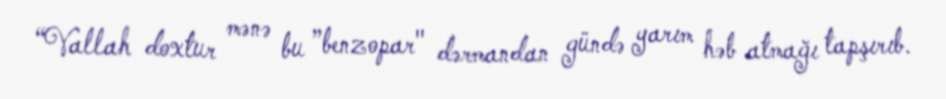
“Vallah doxtur mənə bu ”benzopar" dərmandan gündə yarım həb atmağı tapşırıb.